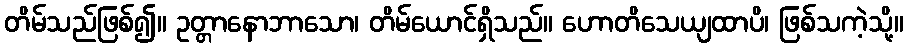
တိမ်သည်ဖြစ်၍။ ဥတ္တာနောဘာသော၊ တိမ်ယောင်ရှိသည်။ ဟောတိသေယျထာပိ၊ ဖြစ်သကဲ့သို့။